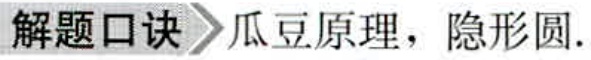
解题口诀 瓜豆原理，隐形圆.